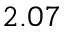
2 . 0 7